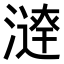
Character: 𣾣